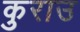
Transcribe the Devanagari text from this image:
कुराउ